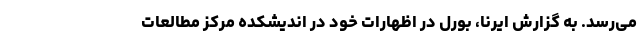
می‌رسد. به گزارش ایرنا، بورل در اظهارات خود در اندیشکده مرکز مطالعات